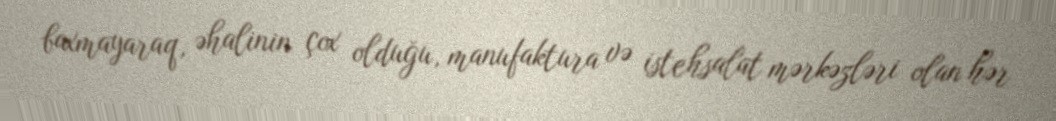
baxmayaraq, əhalinin çox olduğu, manufaktura və istehsalat mərkəzləri olan hər